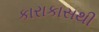
કારાકાસથી